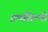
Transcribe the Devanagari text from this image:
हथशिल्पी